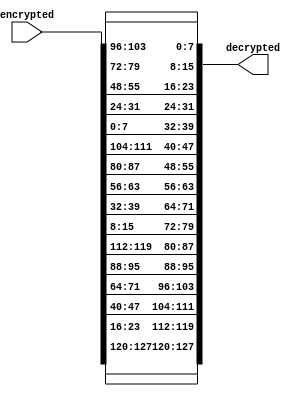
module shiftrowsdec(
input [127:0] encrypted,
output reg [127:0] decrypted
);

always@(*) begin
//first row not shifted
decrypted[127:120]=encrypted[127:120];
decrypted[95:88]=encrypted[95:88];
decrypted[63:56]=encrypted[63:56];
decrypted[31:24]=encrypted[31:24];

//second row shifted one byte right
decrypted[119:112]=encrypted[23:16];
decrypted[87:80]=encrypted[119:112];
decrypted[55:48]=encrypted[87:80];
decrypted[23:16]=encrypted[55:48];

//third row shifted two bytes right
decrypted[111:104]=encrypted[47:40];
decrypted[79:72]=encrypted[15:8];
decrypted[47:40]=encrypted[111:104];
decrypted[15:8]=encrypted[79:72];

//fourth row shifted one byte left
decrypted[103:96]=encrypted[71:64];
decrypted[71:64]=encrypted[39:32];
decrypted[39:32]=encrypted[7:0];
decrypted[7:0]=encrypted[103:96];
end
endmodule